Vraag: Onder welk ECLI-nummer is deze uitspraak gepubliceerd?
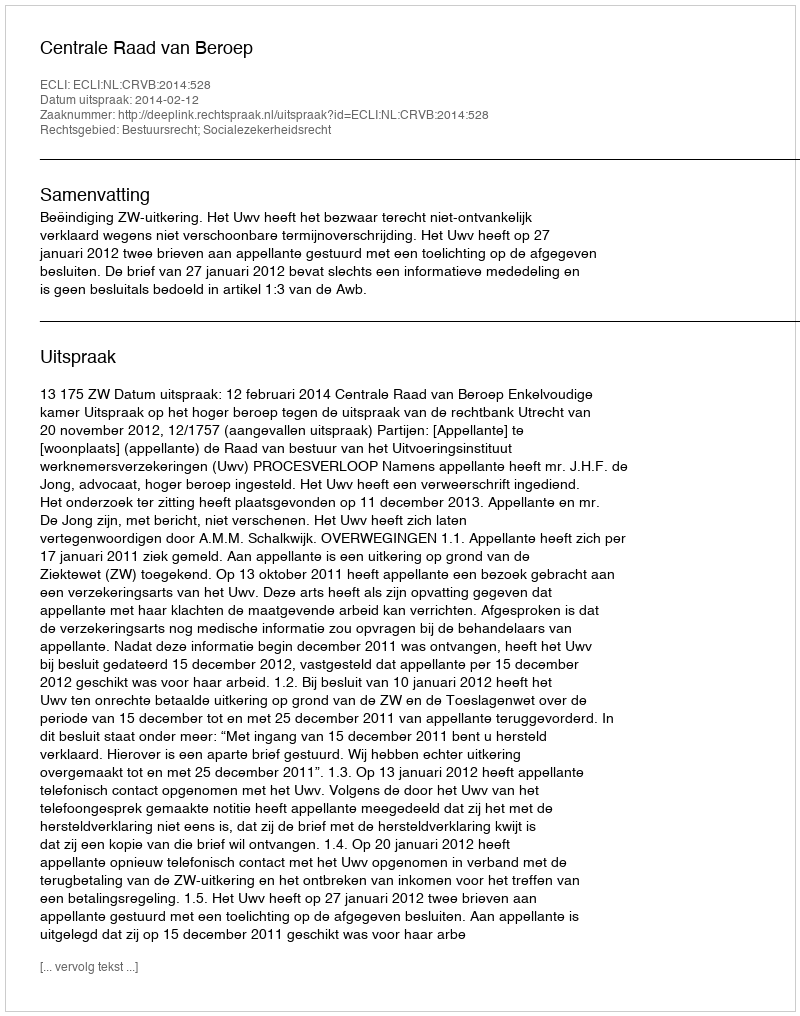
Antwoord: ECLI:NL:CRVB:2014:528